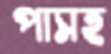
পাসহ